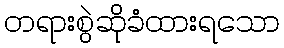
တရားစွဲဆိုခံထားရသော